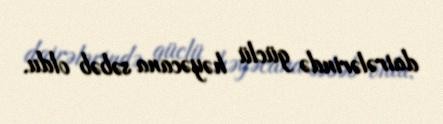
dairələrində güclü həyəcana səbəb oldu.